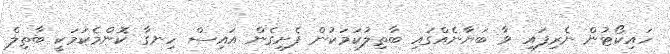
ހައިކޯޓުން ނެރިފައި ވާ ބަޔާނެއްގައި ބާތިލުކަމަކުން ފެށިގެން އައިސް ހިނގާ ކޮންމެކަމަކީ ބާތިލް